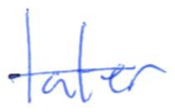
Text: later
Cross-out: single-line
Writing tool: ballpoint